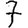
Digit: 7